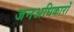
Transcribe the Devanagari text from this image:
जनअधिकारों